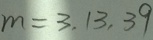
m = 3 , 1 3 , 3 9